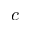
c